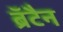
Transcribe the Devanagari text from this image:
ब्रॅटैन